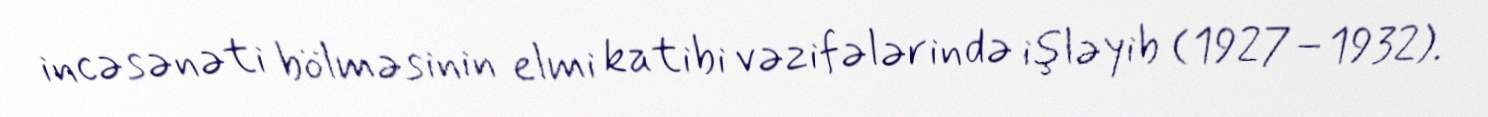
incəsənəti bölməsinin elmi katibi vəzifələrində işləyib (1927–1932).